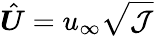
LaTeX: \hat{\boldsymbol{U}}=u_{\infty}\sqrt{\mathcal{J}}